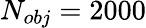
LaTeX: N_{obj}=2000